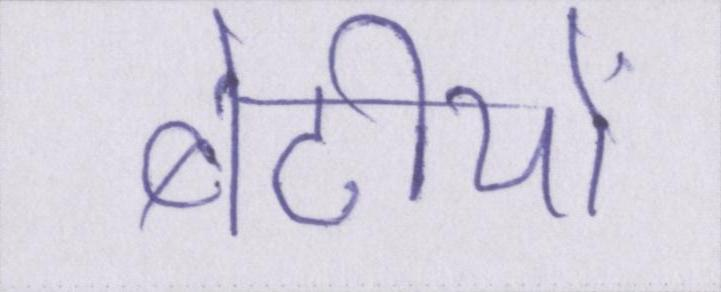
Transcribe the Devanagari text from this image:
बेटीयों